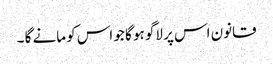
قانون اس پر لاگو ہو گا جو اس کو مانے گا ۔